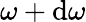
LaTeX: \omega+\mathrm{d}\omega